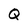
Character: Q